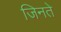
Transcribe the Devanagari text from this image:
जिनते